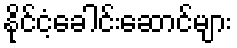
နိုင်ငံ့ခေါင်းဆောင်များ